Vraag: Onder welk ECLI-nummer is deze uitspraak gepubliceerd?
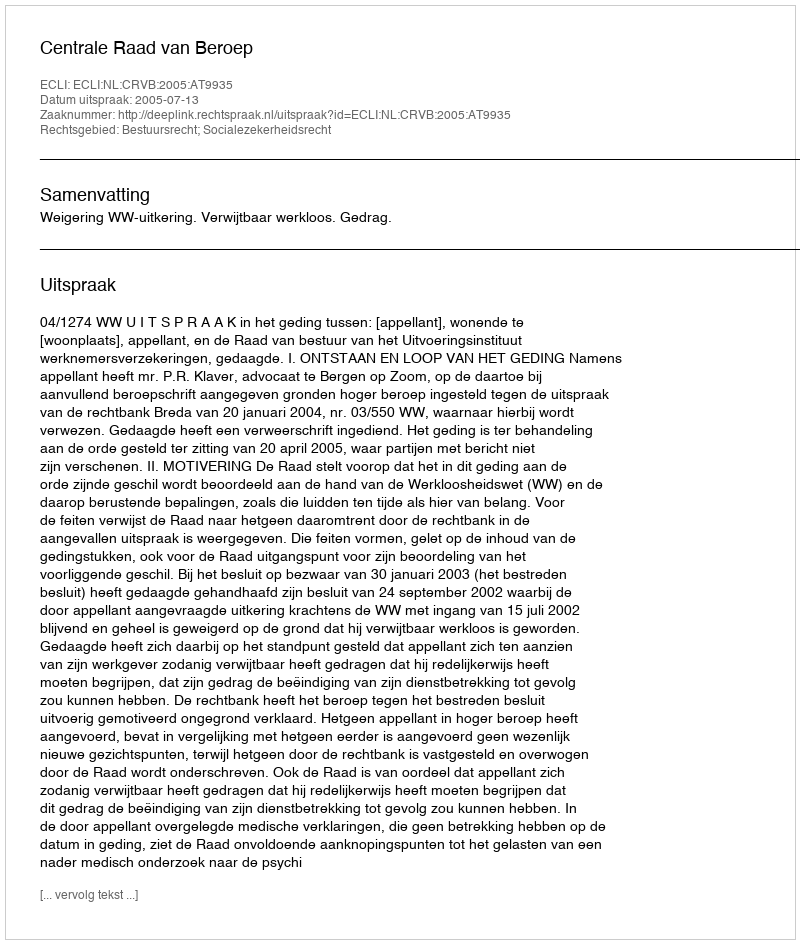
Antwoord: ECLI:NL:CRVB:2005:AT9935